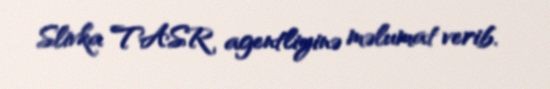
Slivka TASR agentliyinə məlumat verib.